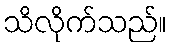
သိလိုက်သည်။